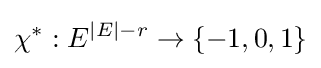
\chi ^{*}:E^{|E|-r}\rightarrow \{-1,0,1\}